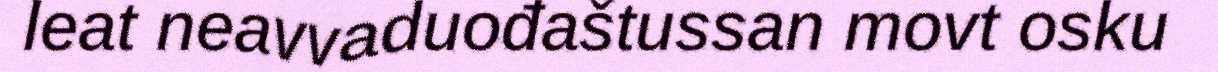
leat neavvaduođaštussan movt osku